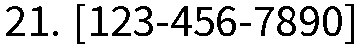
21. [123-456-7890]